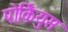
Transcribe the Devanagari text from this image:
पोर्कियुस